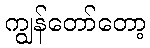
ကျွန်တော်တော့